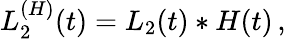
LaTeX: L_{2}^{(H)}(t)=L_{2}(t)\ast H(t)\, ,